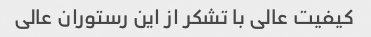
کیفیت عالی با تشکر از این رستوران عالی